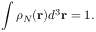
\int \rho _ { N } ( \mathbf { r } ) d ^ { 3 } \mathbf { r } = 1 .